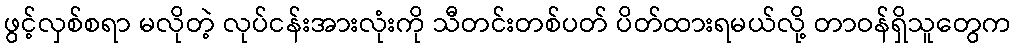
ဖွင့်လှစ်စရာ မလိုတဲ့ လုပ်ငန်းအားလုံးကို သီတင်းတစ်ပတ် ပိတ်ထားရမယ်လို့ တာဝန်ရှိသူတွေက